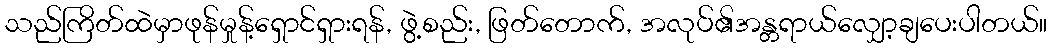
သည်ကြိတ်ထဲမှာဖုန်မှုန့်ရှောင်ရှားရန်, ဖွဲ့စည်း, ဖြတ်တောက်, အလုပ်၏အန္တရာယ်လျှော့ချပေးပါတယ်။